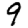
Digit: 9